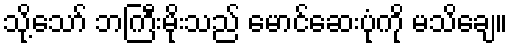
သို့သော် ဘကြီးမိုးသည် မောင်ဆေးပုံကို မသိချေ။